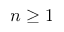
n \geq 1